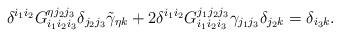
LaTeX: \begin{align*}&\delta^{i_1i_2} G_{i_1i_2i_3}^{\eta j_2j_3}\delta_{j_2j_3}\tilde\gamma_{\eta k} +2\delta^{i_1i_2} G_{i_1i_2i_3}^{j_1j_2j_3} \gamma_{j_1j_3}\delta_{j_2k}=\delta_{i_3k}.\end{align*}